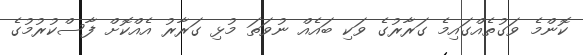
ކޮންމެ ވަގުތެއްގައިމެ ގަރާރުގެ ވަކި ބައެއް ނުވަތަ މުޅި ގަރާރު އެއްކޮށް ފާސްކުރުމުގެ